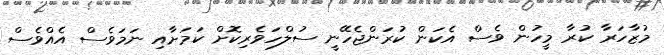
މުޒާހަރާ ކުރާ މީހުން ވެސް އެކަން ކުރަންޖެހޭނީ ސުލްހަވެރިކޮށް ކަމަށާއި ނަމަވެސް އެއްވެސް